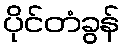
ပိုင်တံခွန်